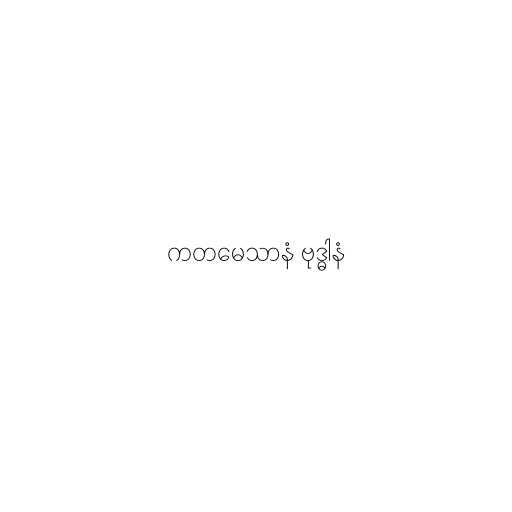
ကတမေသာနံ ဗုဒ္ဓါနံ